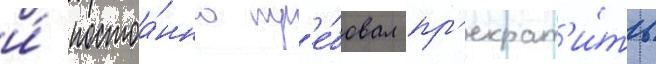
и́ постоа́нно тр'е́бовал пр'екрат'и́ть